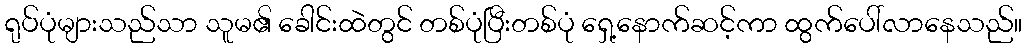
ရုပ်ပုံများသည်သာ သူမ၏ ခေါင်းထဲတွင် တစ်ပုံပြီးတစ်ပုံ ရှေ့နောက်ဆင့်ကာ ထွက်ပေါ်လာနေသည်။